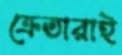
ক্রেতারাই